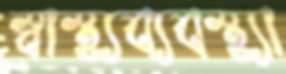
স্বাস্থ্যব্যবস্থ্যা